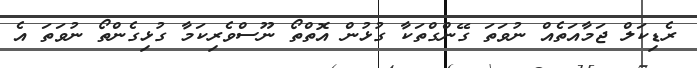
ރެޑިކަލް ޖަމާއަތެއް ނުވަތަ ގޭންގްތަކާ ގުޅުން އޮތްތޯ ނޫސްވެރިކަމާ ގުޅިގެންތޯ ނުވަތަ އެ